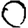
Digit: 0